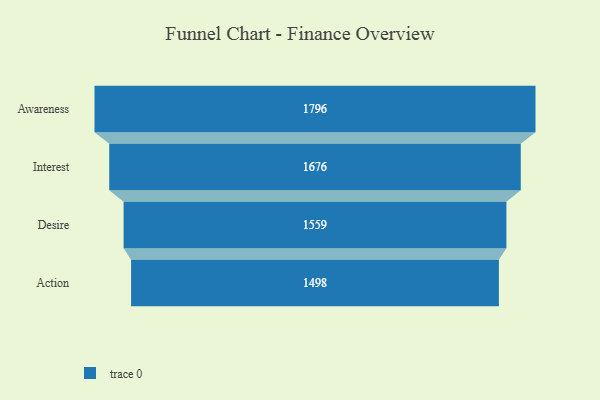
{"axis": {"x": "Stage", "y": "Value"}, "legend": [""], "data": [{"x": "Awareness", "y": 1796.0, "type": ""}, {"x": "Interest", "y": 1676.0, "type": ""}, {"x": "Desire", "y": 1559.0, "type": ""}, {"x": "Action", "y": 1498.0, "type": ""}]}